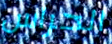
الحراس